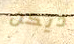
ديكن